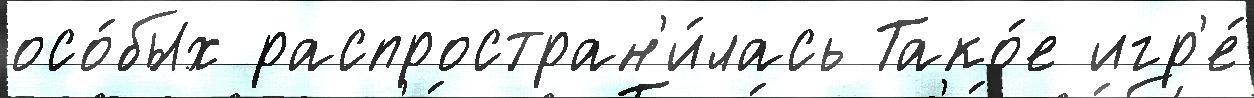
осо́бых распростран'и́лась Тако́е игр'е́